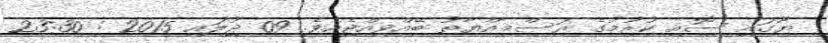
ޔޫގައި ސޮއި ކުރުމުގެ ރަސްމިއްޔާތު ބޭއްވިއްޖެއެވެ. 09 ޖުލައި 2015 : 23:30